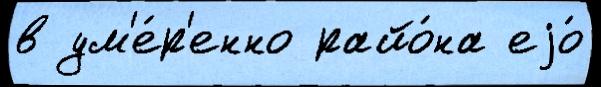
в ум'е́р'енно райо́на еjо́